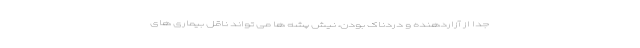
جدا از آزاردهنده و دردناک بودن، نیش پشه ها می تواند ناقل بیماری های